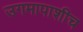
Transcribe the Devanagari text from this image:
उगमापाशीच